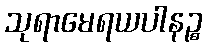
သုရာမေရယပါနဉ္စ